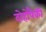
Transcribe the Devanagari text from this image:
दोहोपैकी